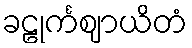
ခဠုင်္ကဈာယိတံ